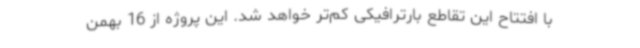
با افتتاح این تقاطع بارترافیکی کم‌تر خواهد شد. این پروژه از 16 بهمن